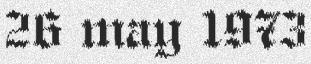
26 may 1973